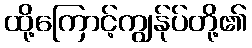
ထို့ကြောင့်ကျွန်ုပ်တို့၏